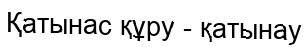
Қатынас құру - қатынау